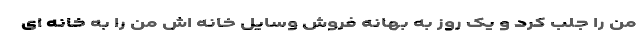
من را جلب کرد و یک روز به بهانه فروش وسایل خانه اش من را به خانه ای